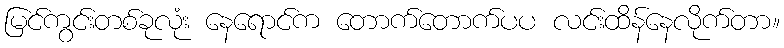
မြင်ကွင်းတစ်ခုလုံး နေရောင်က တောက်တောက်ပပ လင်းထိန်နေလိုက်တာ။